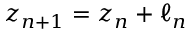
z _ { n + 1 } = z _ { n } + \ell _ { n }